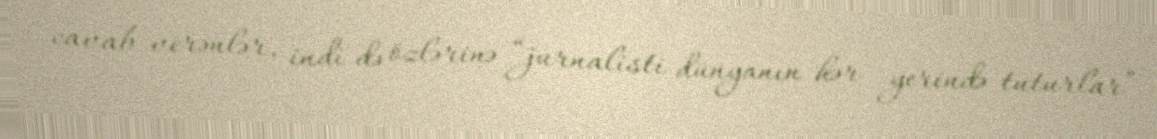
cavab verənlər, indi də özlərinə “jurnalisti dünyanın hər yerində tuturlar”